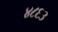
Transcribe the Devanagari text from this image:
४८६३